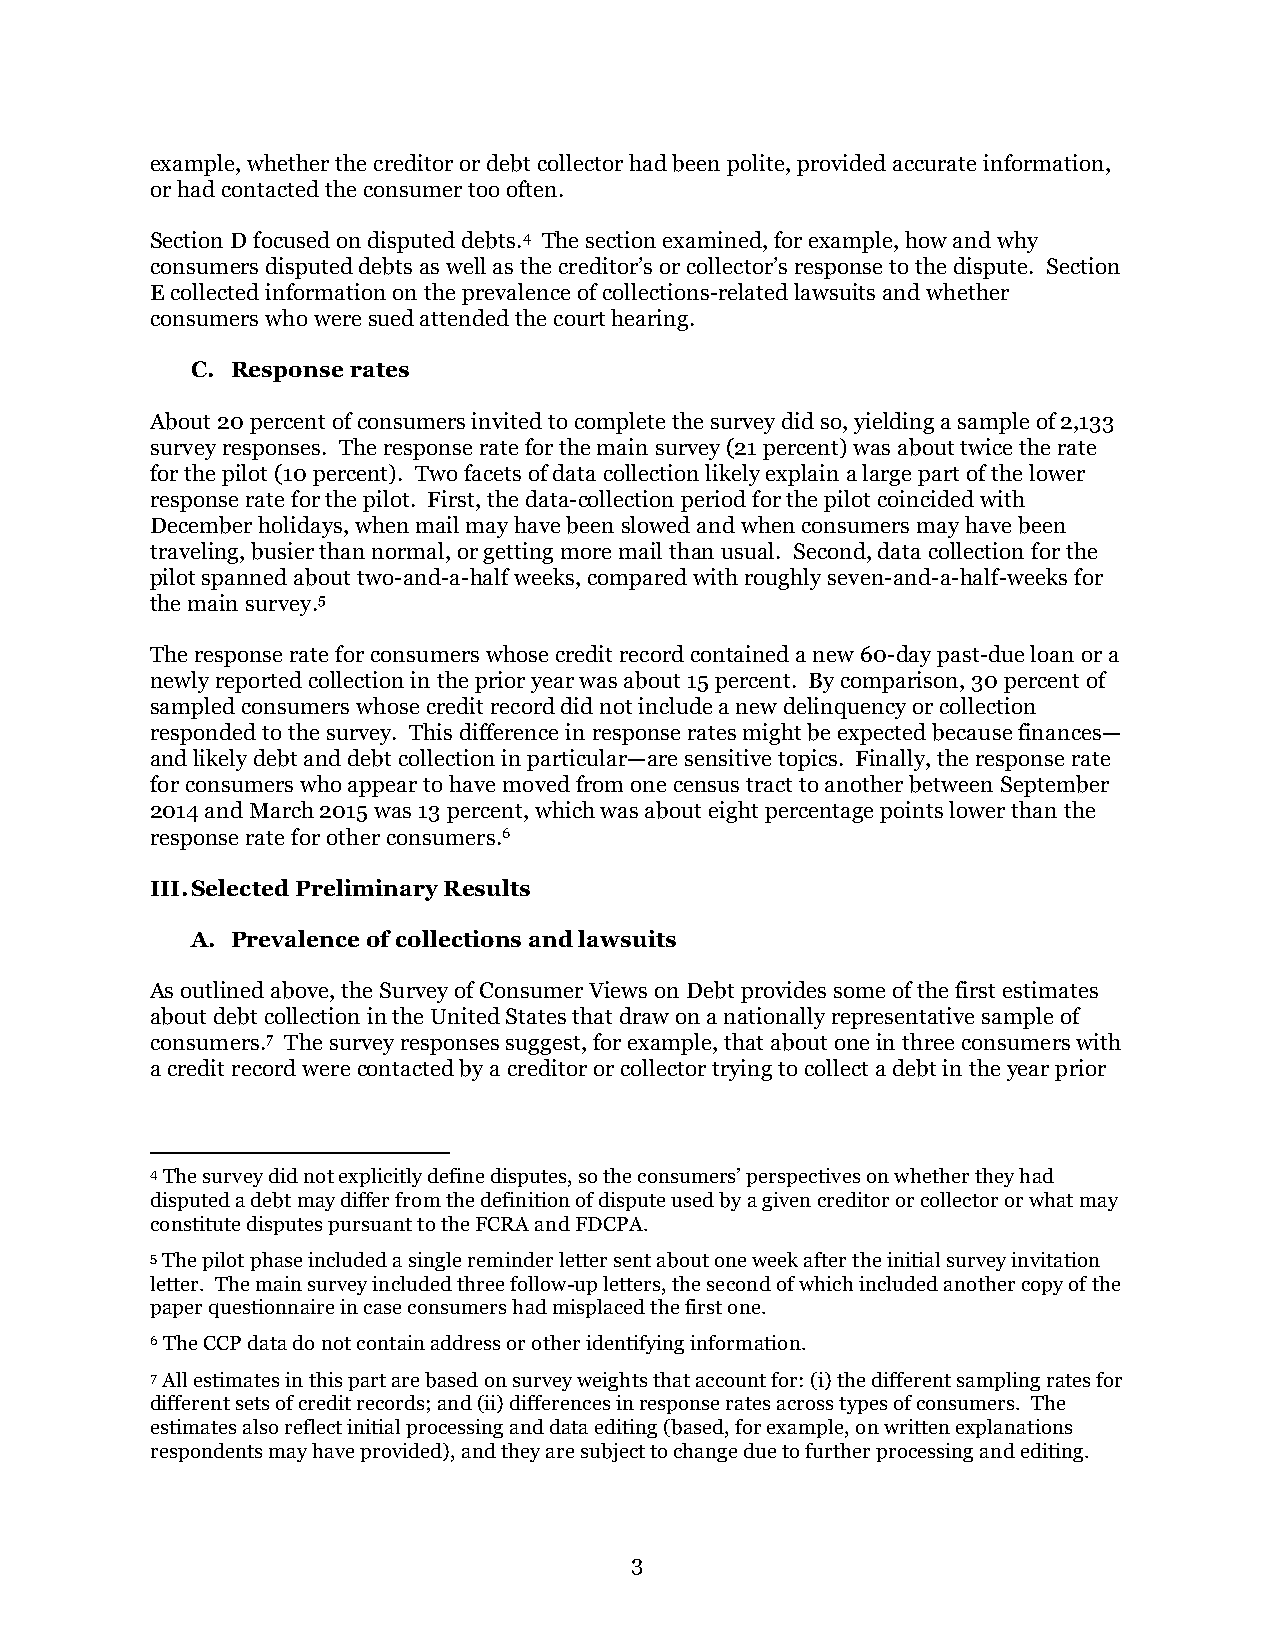
example, whether the creditor or debt collector had been polite, provided accurate information,
 or had contacted the consumer too often.
 Section D focused on disputed debts.4 The section examined, for example, how and why
 consumers disputed debts as well as the creditor’s or collector’s response to the dispute. Section
 E collected information on the prevalence of collections-related lawsuits and whether
 consumers who were sued attended the court hearing.
 C. Response rates
 About 20 percent of consumers invited to complete the survey did so, yielding a sample of 2,133
 survey responses. The response rate for the main survey (21 percent) was about twice the rate
 for the pilot (10 percent). Two facets of data collection likely explain a large part of the lower
 response rate for the pilot. First, the data-collection period for the pilot coincided with
 December holidays, when mail may have been slowed and when consumers may have been
 traveling, busier than normal, or getting more mail than usual. Second, data collection for the
 pilot spanned about two-and-a-half weeks, compared with roughly seven-and-a-half-weeks for
 the main survey.5
 The response rate for consumers whose credit record contained a new 60-day past-due loan or a
 newly reported collection in the prior year was about 15 percent. By comparison, 30 percent of
 sampled consumers whose credit record did not include a new delinquency or collection
 responded to the survey. This difference in response rates might be expected because finances—
 and likely debt and debt collection in particular—are sensitive topics. Finally, the response rate
 for consumers who appear to have moved from one census tract to another between September
 2014 and March 2015 was 13 percent, which was about eight percentage points lower than the
 response rate for other consumers.6
 III. Selected Preliminary Results
 A. Prevalence of collections and lawsuits
 As outlined above, the Survey of Consumer Views on Debt provides some of the first estimates
 about debt collection in the United States that draw on a nationally representative sample of
 consumers.7 The survey responses suggest, for example, that about one in three consumers with
 a credit record were contacted by a creditor or collector trying to collect a debt in the year prior
 4 The survey did not explicitly define disputes, so the consumers’ perspectives on whether they had
 disputed a debt may differ from the definition of dispute used by a given creditor or collector or what may
 constitute disputes pursuant to the FCRA and FDCPA.
 5 The pilot phase included a single reminder letter sent about one week after the initial survey invitation
 letter. The main survey included three follow-up letters, the second of which included another copy of the
 paper questionnaire in case consumers had misplaced the first one.
 6 The CCP data do not contain address or other identifying information.
 7 All estimates in this part are based on survey weights that account for: (i) the different sampling rates for
 different sets of credit records; and (ii) differences in response rates across types of consumers. The
 estimates also reflect initial processing and data editing (based, for example, on written explanations
 respondents may have provided), and they are subject to change due to further processing and editing.
 3